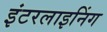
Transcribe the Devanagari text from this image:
इंटरलाइनिंग